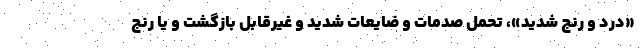
«درد و رنج شدید»، تحمل صدمات و ضایعات شدید و غیرقابل بازگشت و یا رنج